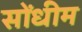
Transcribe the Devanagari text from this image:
सोंधीम